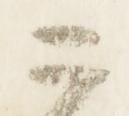
二